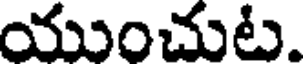
యుంచుట.